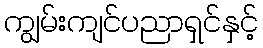
ကျွမ်းကျင်ပညာရှင်နှင့်